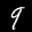
Label: 9